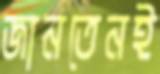
জানতেনই